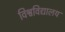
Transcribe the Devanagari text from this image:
विश्वविद्यालय